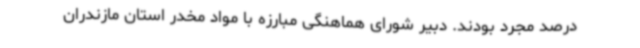
درصد مجرد بودند. دبیر شورای هماهنگی مبارزه با مواد مخدر استان مازندران